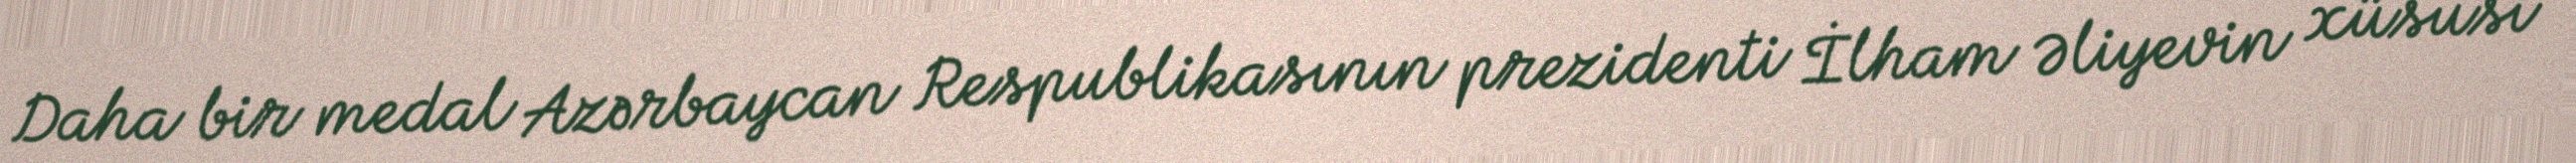
Daha bir medal Azərbaycan Respublikasının prezidenti İlham Əliyevin xüsusi